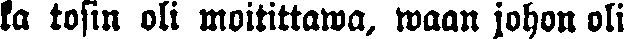
ka tosin oli moitittawa, waan johon oli